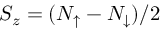
\ensuremath { S _ { z } } = ( N _ { \uparrow } - N _ { \downarrow } ) / 2